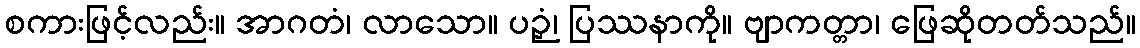
စကားဖြင့်လည်း။ အာဂတံ၊ လာသော။ ပဉှံ၊ ပြဿနာကို။ ဗျာကတ္တာ၊ ဖြေဆိုတတ်သည်။